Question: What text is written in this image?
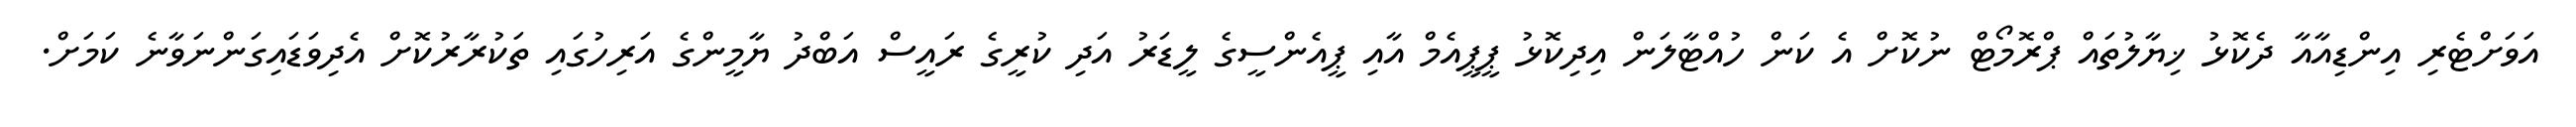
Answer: އަވަށްޓެރި އިންޑިއާއާ ދެކޮޅު ޚިޔާލުތައް ޕްރޮމޯޓް ނުކޮށް އެ ކަން ހުއްޓާލަން އިދިކޮޅު ޕީޕީއެމް އާއި ޕީއެންސީގެ ލީޑަރު އަދި ކުރީގެ ރައީސް އަބްދު ޔާމީންގެ އަރިހުގައި ތަކުރާރުކޮށް އެދިވަޑައިގަންނަވާނެ ކަމަށް.